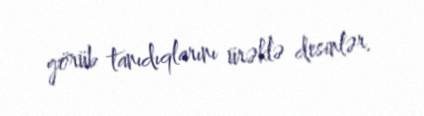
görüb tanıdıqlarını ürəklə desinlər.